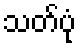
သတ်ပုံ